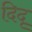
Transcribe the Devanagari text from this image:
दिदृ